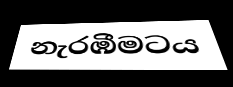
නැරඹීමටය